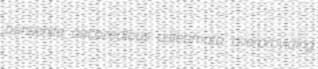
bunsenite cacozealous osteomata overproviding